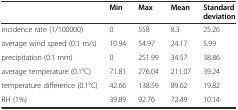
<table><thead><tr><td>[EMPTY_CELL]</td><td><b>Min</b></td><td><b>Max</b></td><td><b>Mean</b></td><td><b>Standard deviation</b></td></tr></thead><tbody><tr><td>incidence rate (1/100000)</td><td>0</td><td>558</td><td>8.3</td><td>25.26</td></tr><tr><td>average wind speed (0.1 m/s)</td><td>10.94</td><td>54.97</td><td>24.17</td><td>5.99</td></tr><tr><td>precipitation (0.1 mm)</td><td>0</td><td>251.99</td><td>34.57</td><td>38.86</td></tr><tr><td>average temperature (0.1°C)</td><td>71.81</td><td>276.04</td><td>211.07</td><td>39.24</td></tr><tr><td>temperature difference (0.1°C)</td><td>42.66</td><td>138.59</td><td>89.62</td><td>19.82</td></tr><tr><td>RH (1%)</td><td>39.89</td><td>92.76</td><td>72.49</td><td>10.14</td></tr></tbody></table>